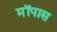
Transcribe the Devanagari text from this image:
मॉपास